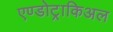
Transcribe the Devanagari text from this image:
एण्डोट्राकिअल